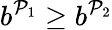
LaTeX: b^{\mathcal{P}_{1}}\geq b^{\mathcal{P}_{2}}